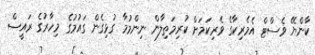
ކާންޔޭ ވެސްޓް އެމެރިކާގެ ވެރިކަމަށް ކުރިމަތިލާން ނިންމުމާ ގުޅިގެން ގައުމުގެ މިހާރުގެ ރައީސް